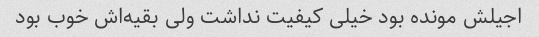
اجیلش مونده بود خیلی کیفیت نداشت ولی بقیه‌اش خوب بود